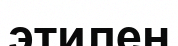
этилен